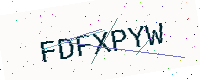
Text: FDFXPYW